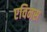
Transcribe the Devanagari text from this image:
एविनस